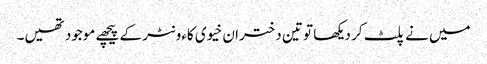
میں نے پلٹ کر دیکھا تو تین دختران خیوی کاءونٹر کے پیچھے موجود تھیں۔